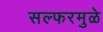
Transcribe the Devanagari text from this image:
सल्फरमुळे